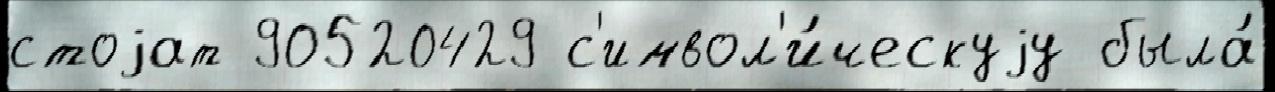
стоjат 90520429 с'имвол'и́ческуjу была́